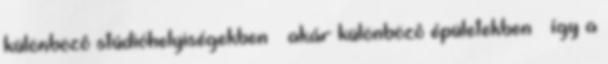
különbözô stúdióhelyiségekben – akár különbözô épületekben – így a